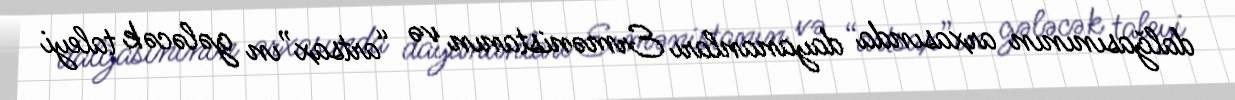
dalğasınının arxasında dayananları Ermənistanın və “artsax”ın gələcək taleyi